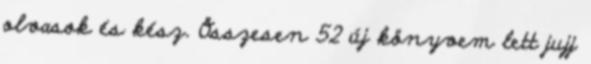
olvasok és kész. Összesen 52 új könyvem lett jujj